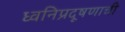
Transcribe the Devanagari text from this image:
ध्वनिप्रदूषणाची